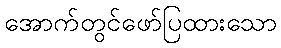
အောက်တွင်ဖော်ပြထားသော